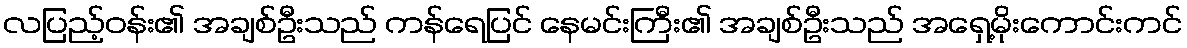
လပြည့်ဝန်း၏ အချစ်ဦးသည် ကန်ရေပြင် နေမင်းကြီး၏ အချစ်ဦးသည် အရှေ့မိုးကောင်းကင်